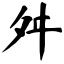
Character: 舛